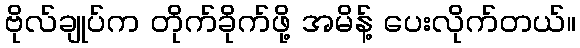
ဗိုလ်ချုပ်က တိုက်ခိုက်ဖို့ အမိန့် ပေးလိုက်တယ်။